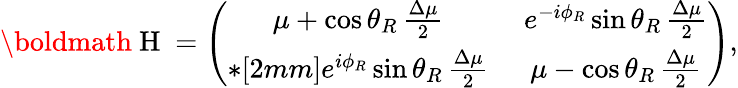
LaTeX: \mathrm{\boldmath~H~}=\left(\begin{array}{cc}{{\mu+\cos{\theta_{R}}\, \frac{\Delta\mu}{2}\ }}&{{e^{-i\phi_{R}}\sin{\theta_{R}}\, \frac{\Delta\mu}{2}}}\\ {{*[2mm]e^{i\phi_{R}}\sin{\theta_{R}}\, \frac{\Delta\mu}{2}\ }}&{{\mu-\cos{\theta_{R}}\, \frac{\Delta\mu}{2}}}\end{array}\right),